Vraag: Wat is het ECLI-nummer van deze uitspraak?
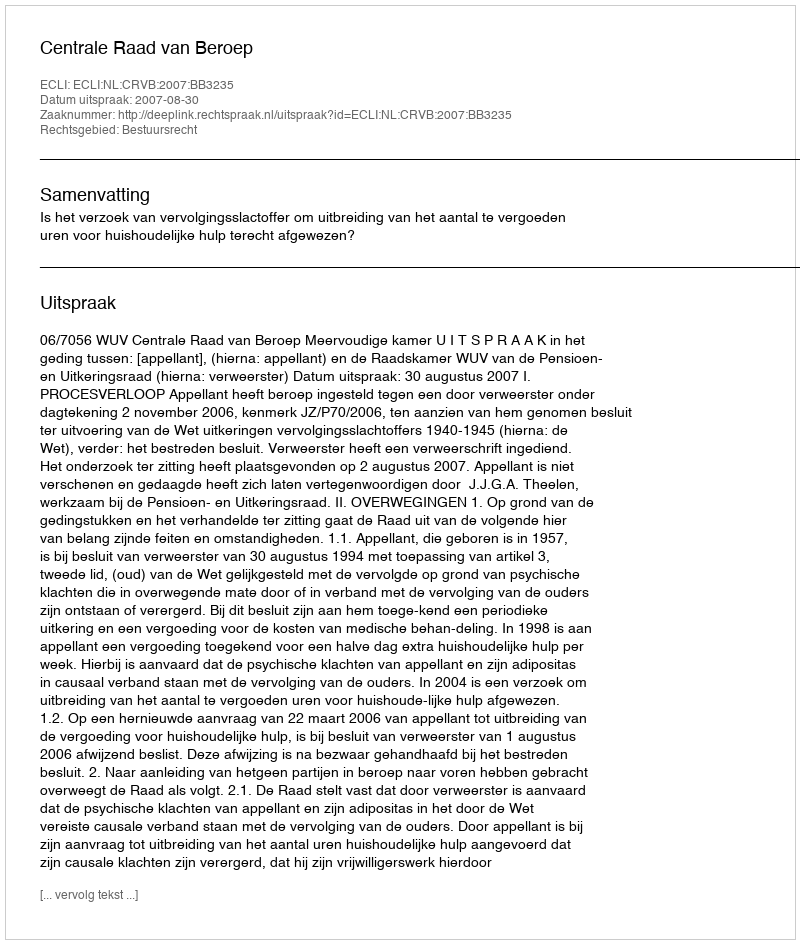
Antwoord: ECLI:NL:CRVB:2007:BB3235